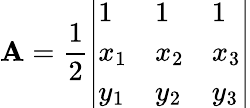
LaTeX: \mathbf{A}={\frac{1}{2}}{\left|\begin{array}{lll}{1}&{1}&{1}\\ {x_{1}}&{x_{2}}&{x_{3}}\\ {y_{1}}&{y_{2}}&{y_{3}}\end{array}\right|}